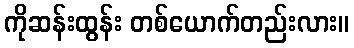
ကိုဆန်းထွန်း တစ်ယောက်တည်းလား။